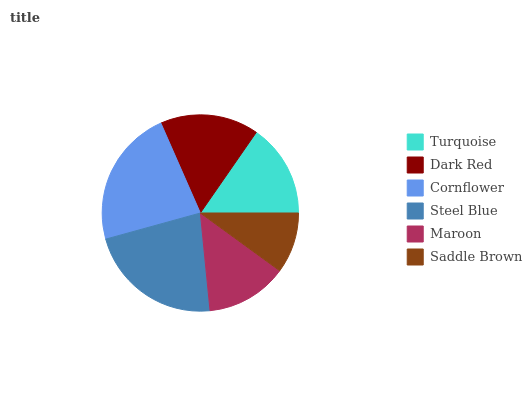
| Turquoise | Dark Red | Cornflower | Steel Blue | Maroon | Saddle Brown |
 | --- | --- | --- | --- | --- | --- |
 | 15.3% | 16.2% | 22.7% | 22.3% | 13.4% | 10% |